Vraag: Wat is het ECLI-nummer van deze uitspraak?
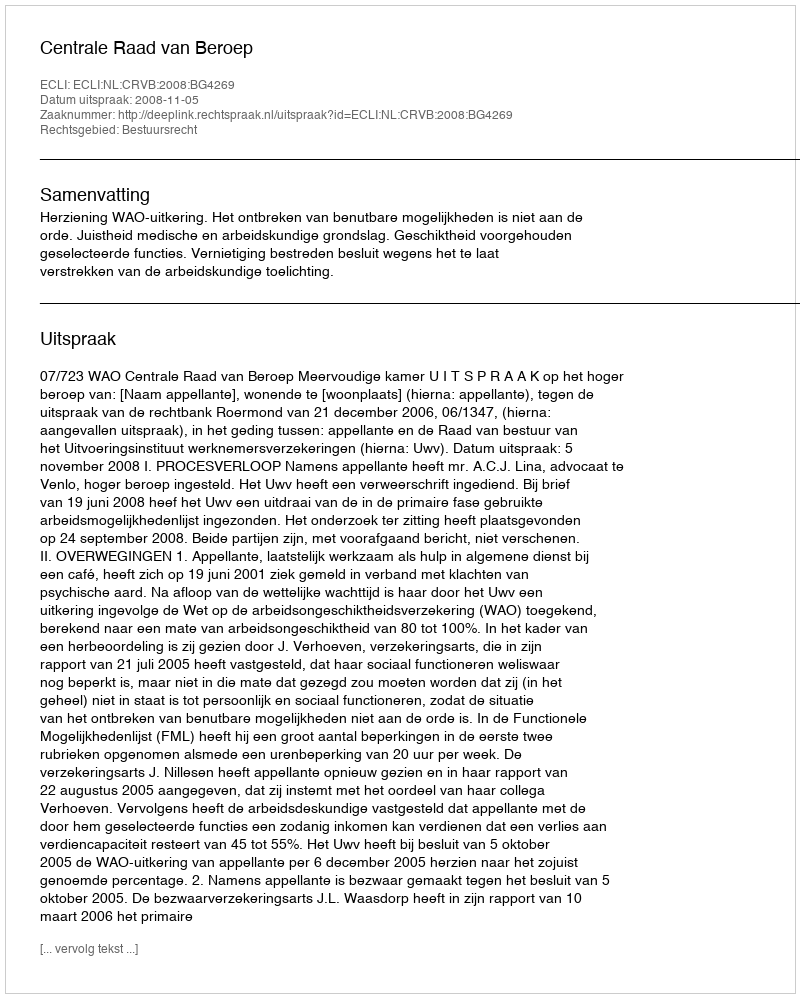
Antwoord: ECLI:NL:CRVB:2008:BG4269